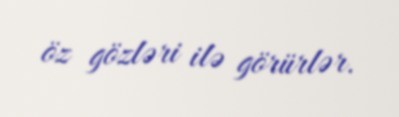
öz gözləri ilə görürlər.